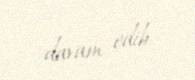
davam edib.